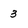
Character: 3